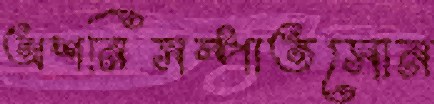
অশনিসম্পাতসোন